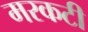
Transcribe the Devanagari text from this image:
मरकटी